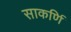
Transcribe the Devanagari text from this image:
साकर्णि